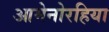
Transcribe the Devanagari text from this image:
आमेनोरहिया